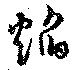
焔